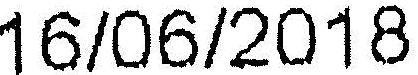
16/06/2018